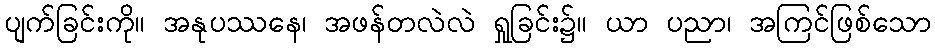
ပျက်ခြင်းကို။ အနုပဿနေ၊ အဖန်တလဲလဲ ရှုခြင်း၌။ ယာ ပညာ၊ အကြင်ဖြစ်သော